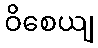
ဝိစေယျ